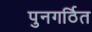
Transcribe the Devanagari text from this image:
पुनगर्ठित